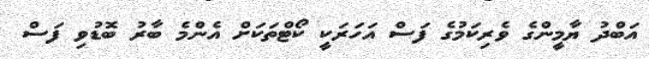
އަބްދު ޔާމީންގެ ވެެރިކަމުގެ ފަސް އަހަރަކީ ކޯޓްތަކަށް އެންމެ ބާރު ބޮޑުވި ފަސް